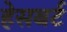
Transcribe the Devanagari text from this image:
हेसबर्ट